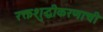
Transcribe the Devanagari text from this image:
रक्तशुद्धीकरणाची